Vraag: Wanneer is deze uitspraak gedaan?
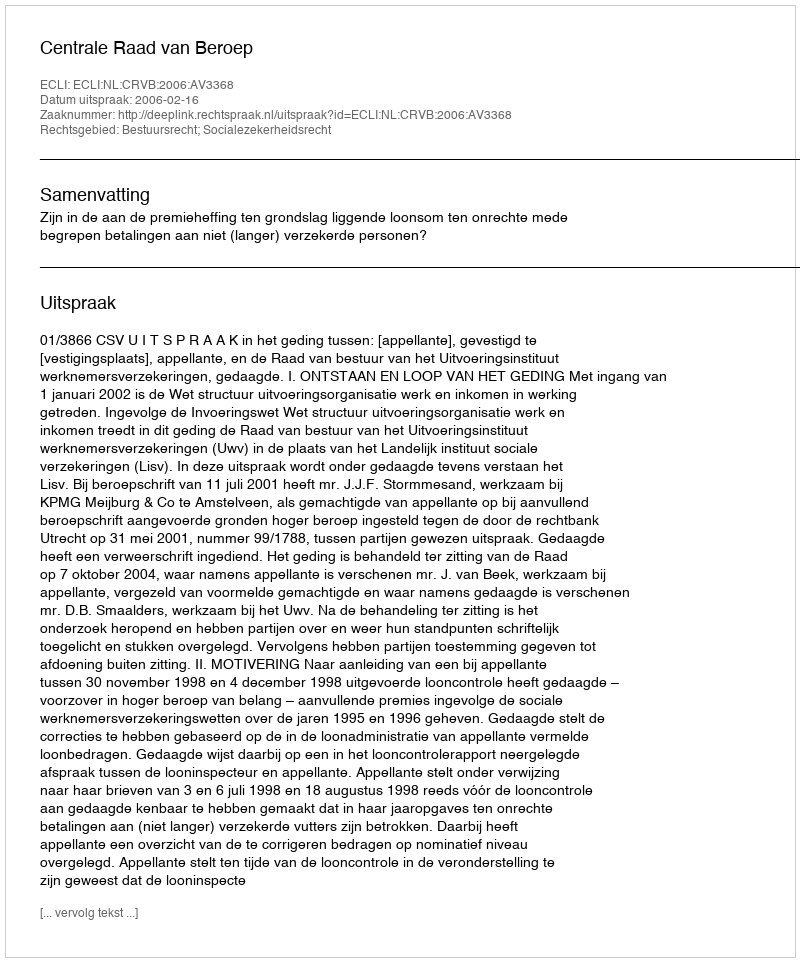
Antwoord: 2006-02-16